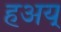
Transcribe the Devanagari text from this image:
हअय्